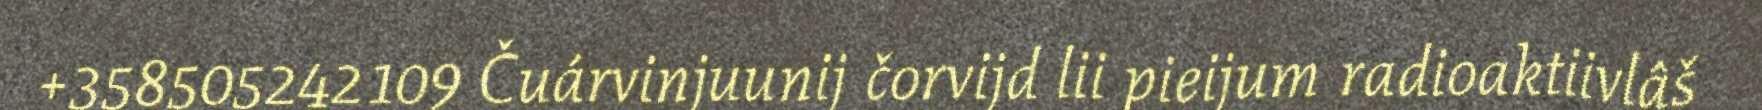
+358505242109 Čuárvinjuunij čorvijd lii pieijum radioaktiivlâš